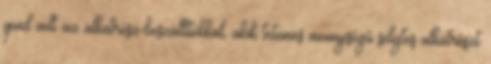
gond volt az alkatrész-beszállítókkal, akik tetemes mennyiségű selejtes alkatrészt